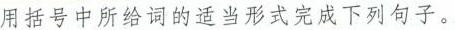
用括号中所给词的适当形式完成下列句子。